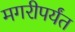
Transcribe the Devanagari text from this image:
मगरीपर्यंत